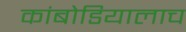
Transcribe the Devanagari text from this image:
कांबोडियालाच